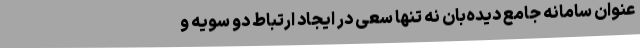
عنوان سامانه جامع دیده‌بان نه تنها سعی در ایجاد ارتباط دو سویه و